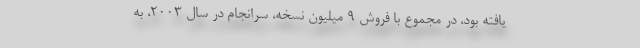
یافته بود، در مجموع با فروش ۹ میلیون نسخه، سرانجام در سال ۲۰۰۳، به